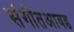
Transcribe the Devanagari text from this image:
संगीतआवड